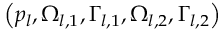
\left( { { p } _ { l } } , { { \Omega } _ { l , 1 } } , { { \Gamma } _ { l , 1 } } , { { \Omega } _ { l , 2 } } , { { \Gamma } _ { l , 2 } } \right)